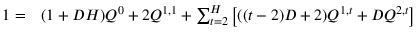
\begin{array} { r l } { 1 = } & { { } ( 1 + D H ) Q ^ { 0 } + 2 Q ^ { 1 , 1 } + \sum _ { t = 2 } ^ { H } \left[ ( ( t - 2 ) D + 2 ) Q ^ { 1 , t } + D Q ^ { 2 , t } \right] } \end{array}